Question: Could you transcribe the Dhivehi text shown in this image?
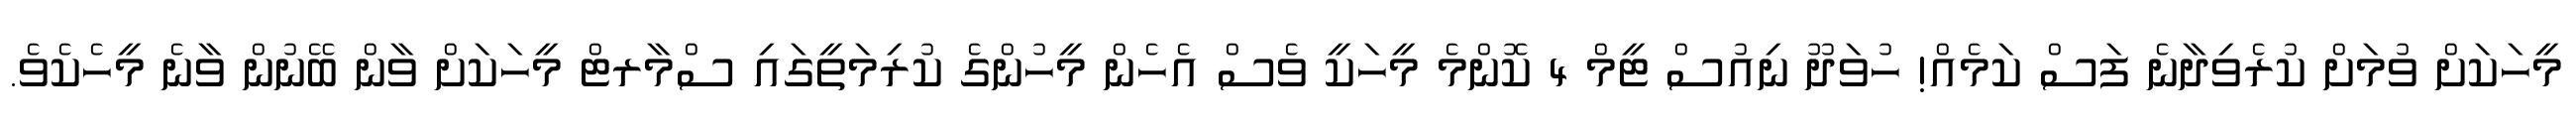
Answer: މީހަކަށް ވުމަށް ކުރެވިދާނެ ފަސް ކަމެއް! ހުވަދޫ ނިއުސް ޓީމް 4 ކޮންމެ މީހަކީ ވެސް އެހެން މީހުންގެ ކުރިމަތީގައި ސްމާރޓް މީހަކަށް ވާން ބޭނުން ވާނެ މީހެކެވެ.